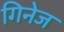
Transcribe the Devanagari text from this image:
गिनेज